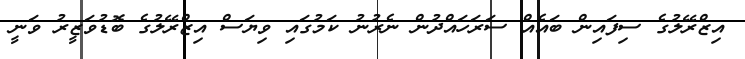
އިޒްރޭލުގެ ސިފައިން ބައެއް ސަރަހައްދުން ނެރުނު ކަމުގައި ވިޔަސް އިޒްރޭލުގެ ބޮޑުވަޒީރު ވަނީ